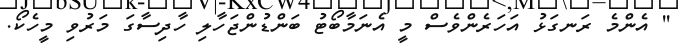
'' އެންމެ ރަނގަޅު އަހަރެންވެސް މީ އެނަމާބޯޓު ބަންޑުންޖަހާލި ހާދިސާގަ މަރުވި މީހެކޯ.